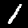
Digit: 1